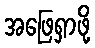
အဖြေရှာဖို့